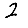
Digit: 2